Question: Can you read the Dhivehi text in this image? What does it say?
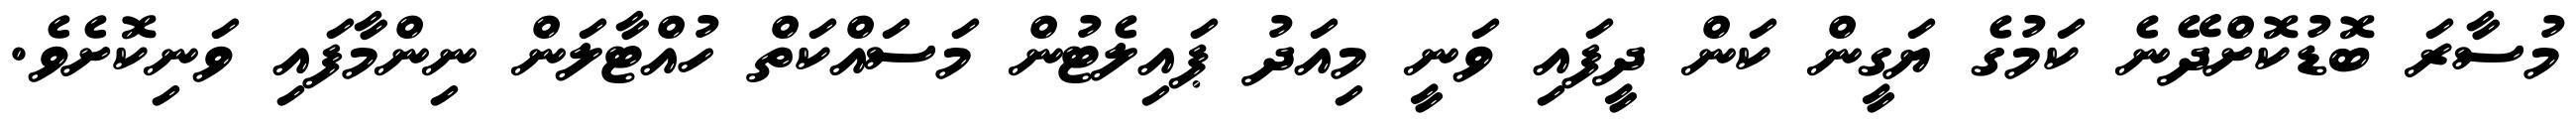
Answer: މުސާރަ ބޮޑުކޮށްދޭނެ ކަމުގެ ޔަގީން ކަން ދީފައި ވަނީ މިއަދު ޕައިލެޓުން މަސައްކަތް ހުއްޓާލަން ނިންމާފައި ވަނިކޮށެވެ.